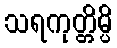
သရကုတ္တိမ္ပိ